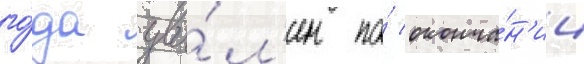
го́да уво́л'ен по́ оконча́н'ии